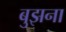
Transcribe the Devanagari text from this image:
बुझना